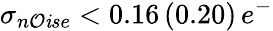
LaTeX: \sigma_{n\mathcal{O}\mathit{i}se}<0.16\, (0.20)\, e^{-}